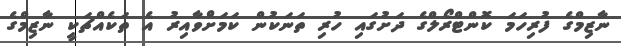
ނާޒިމްގެ ފުރިހަމަ ކޮންޓްރޯލްގެ ދަށުގައި ހުރި ތަނަކުން ކަމަށްވާއިރު އެ ތަކެއްޗަކީ ނާޒިމްގެ